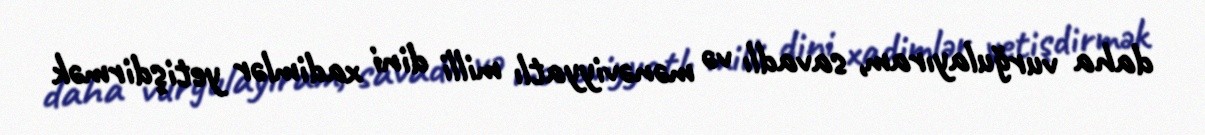
daha vurğulayıram, savadlı və mənəviyyatlı milli dini xadimlər yetişdirmək